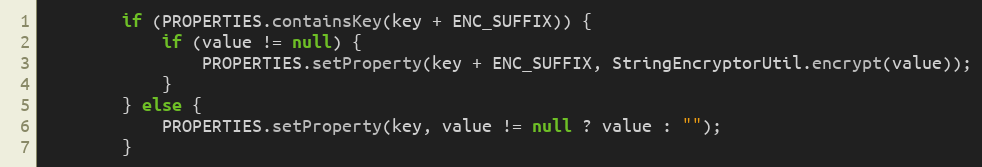
Language: Java
		if (PROPERTIES.containsKey(key + ENC_SUFFIX)) {
			if (value != null) {
				PROPERTIES.setProperty(key + ENC_SUFFIX, StringEncryptorUtil.encrypt(value));
			}
		} else {
			PROPERTIES.setProperty(key, value != null ? value : "");
		}